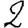
Digit: 2